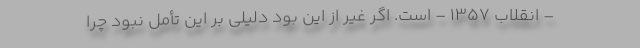
– انقلاب 1357 – است. اگر غیر از این بود دلیلی بر این تأمل نبود چرا